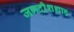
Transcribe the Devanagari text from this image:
जगदीशशाह